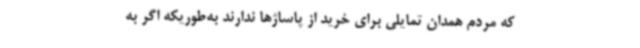
که مردم همدان تمایلی برای خرید از پاساژها ندارند به‌طوریکه اگر به